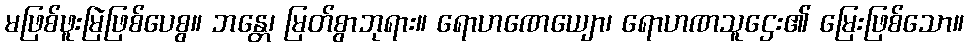
မဖြစ်ဖူးမြဲဖြစ်ပေစွ။ ဘန္တေ၊ မြတ်စွာဘုရား။ ရောဟဏေယျော၊ ရောဟဏသူဌေး၏ မြေးဖြစ်သော။